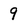
Character: 9